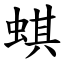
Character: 蜞